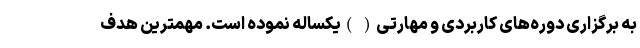
به برگزاری دوره‌های کاربردی و مهارتی( )یکساله نموده است. مهمترین هدف